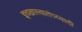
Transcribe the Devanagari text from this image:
इच्छास्वातंत्र्य्वादी